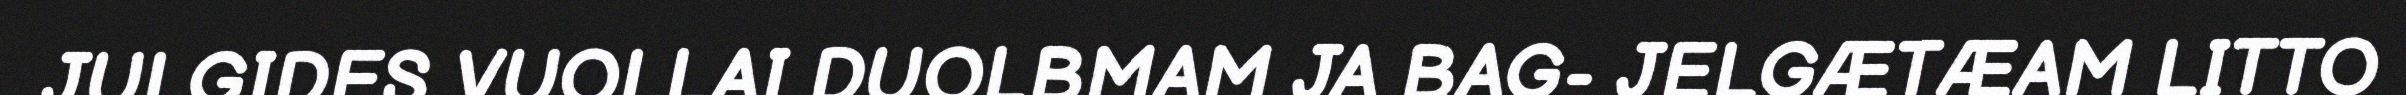
JULGIDES VUOLLAI DUOLBMAM JA BAG- JELGÆTÆAM LITTO